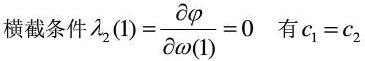
横截条件 $\lambda_2(1)=\frac{\partial \varphi}{\partial \omega(1)} = 0$  有 $c_1 = c_2$